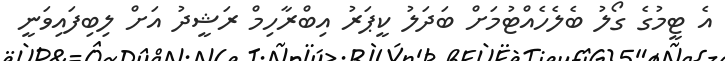
އެ ޓީމުގެ ގޯލު ބެލެހެއްޓުމަށް ބަދަލު ކީޕަރު އިބްރާހިމް ރަޝީދު އަށް ލިބިފައިވަނީ